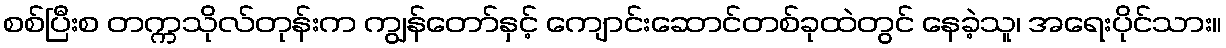
စစ်ပြီးစ တက္ကသိုလ်တုန်းက ကျွန်တော်နှင့် ကျောင်းဆောင်တစ်ခုထဲတွင် နေခဲ့သူ၊ အရေးပိုင်သား။